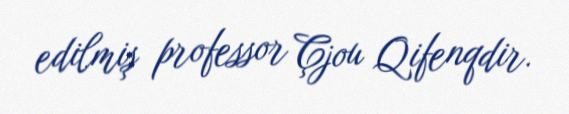
edilmiş professor Çjou Qifenqdir.